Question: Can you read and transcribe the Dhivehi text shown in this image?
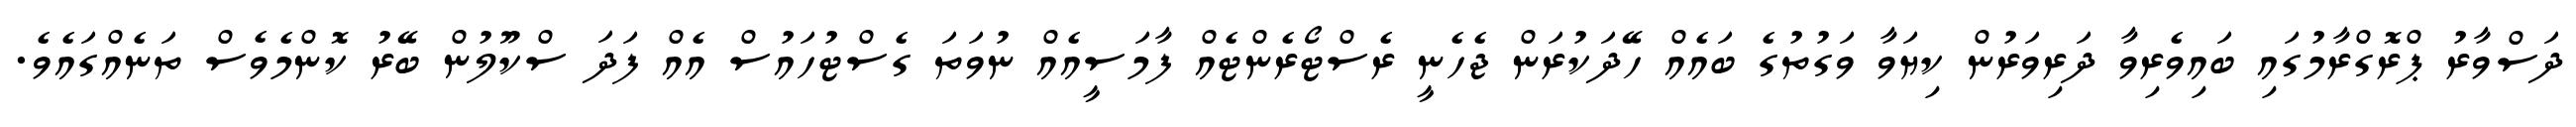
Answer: ދަސްވާރު ޕްރޮގްރާމުގައި ބައިވެރިވާ ދަރިވަރުން ކިޔަވާ ވަގުތުގެ ބައެއް ހޭދަކުރަން ޖެހެނީ ރެސްޓޯރެންޓެއް ފާމަސީއެއް ނުވަތަ ގެސްޓުހައުސް އެއް ފަދަ ސްކޫލުން ބޭރު ކޮންމެވެސް ތަނެއްގައެވެ.